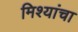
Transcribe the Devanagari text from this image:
मिश्यांचा